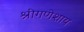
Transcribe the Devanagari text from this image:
श्रीगणेशाय